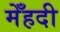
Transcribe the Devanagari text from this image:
मेँहदी